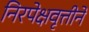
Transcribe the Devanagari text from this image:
निरपेक्षवृत्तीने